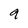
Character: 9